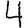
Digit: 4